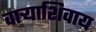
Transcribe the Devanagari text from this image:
वाऱ्याशिवाय